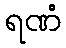
ရဏံ